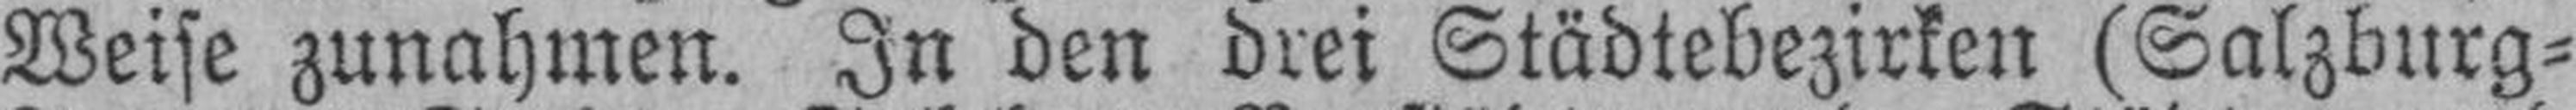
Weise zunahmen. In den drei Städtebezirken (Salzburg¬